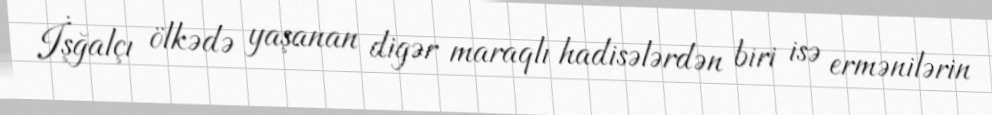
İşğalçı ölkədə yaşanan digər maraqlı hadisələrdən biri isə ermənilərin